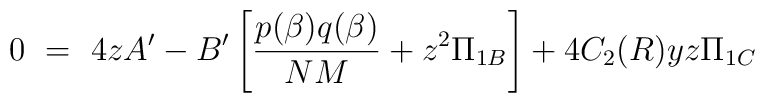
0 ~=~ 4zA^\prime - B^\prime\left[\frac{p(\beta)q(\beta)}{NM}+ z^2\Pi_{1B}\right] + 4C_2(R)yz\Pi_{1C}